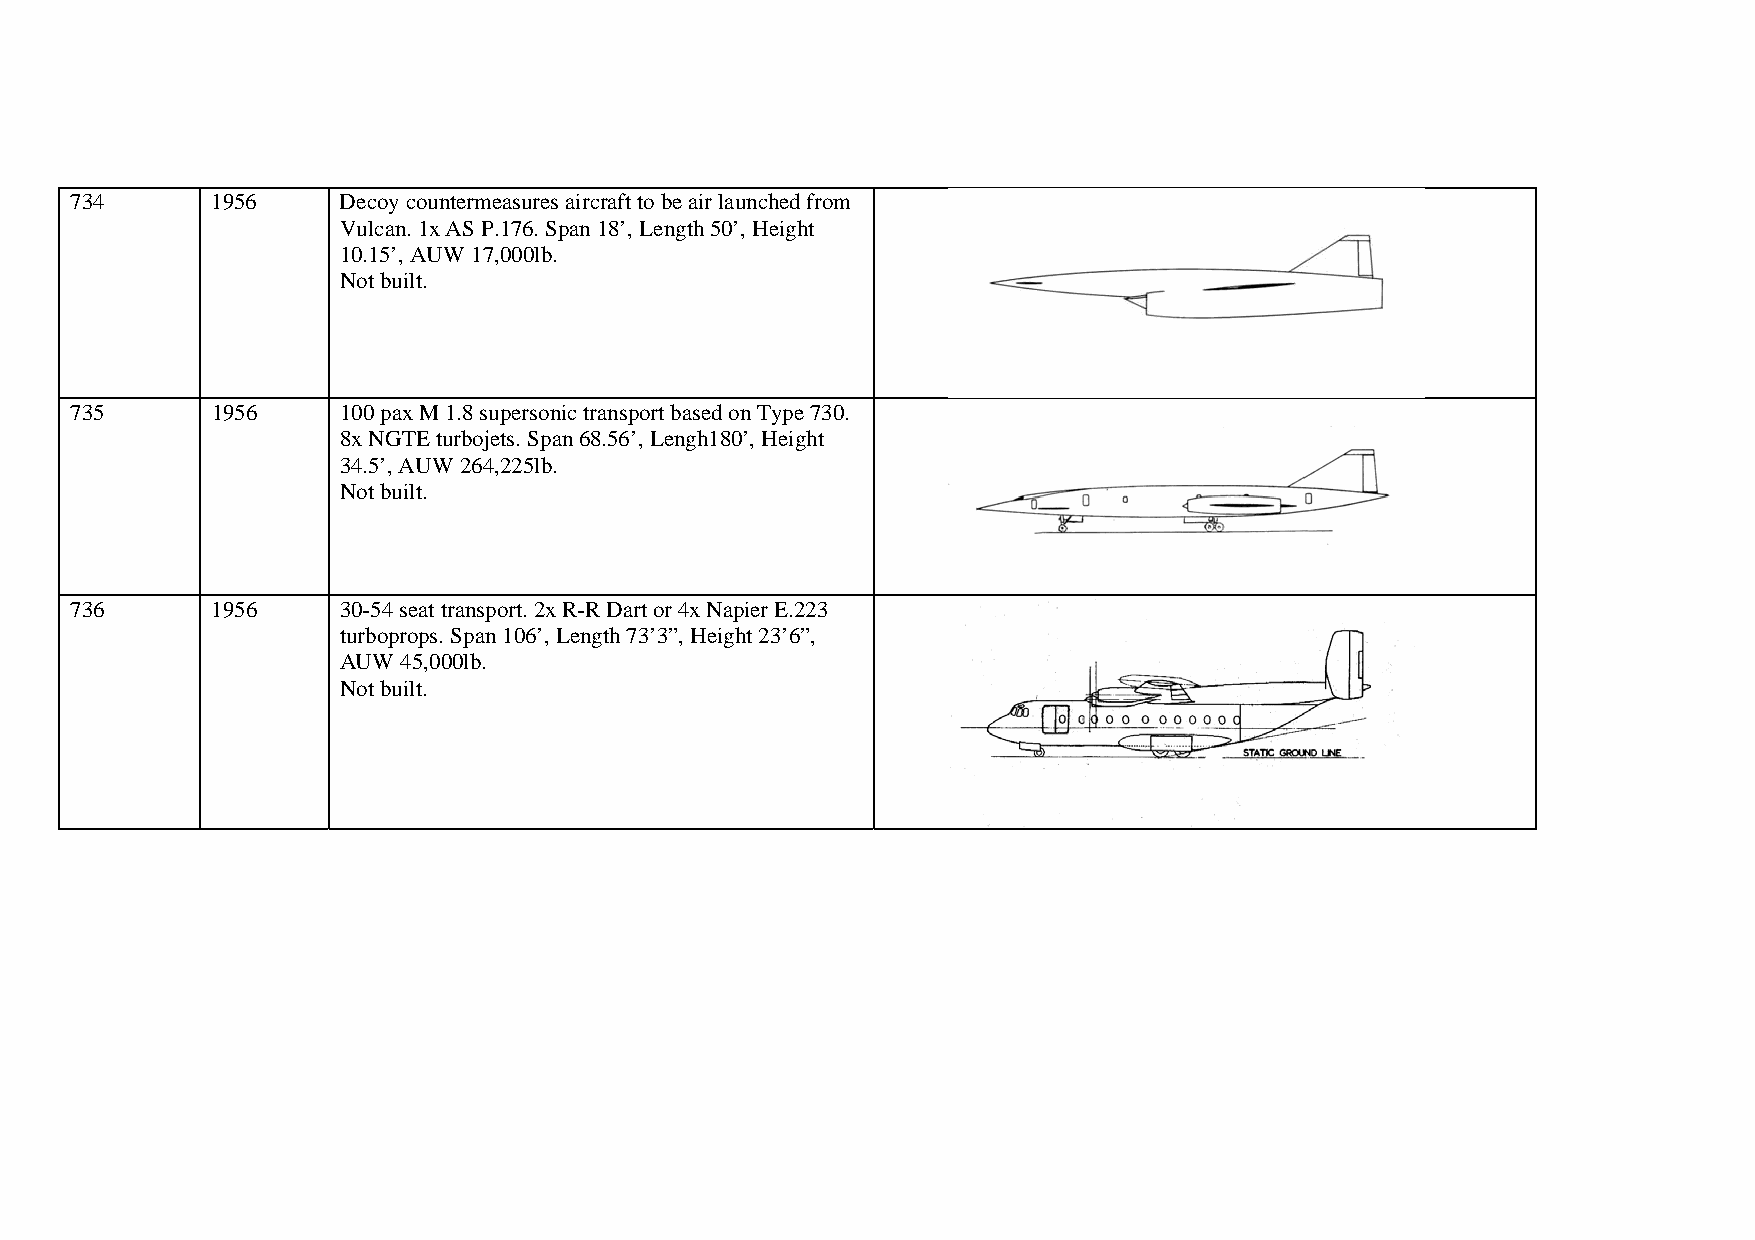
734      1956    Decoy countermeasures aircraft to be air launched from
 Vulcan. 1x AS P.176. Span 18’, Length 50’, Height
 10.15’, AUW 17,000lb.
 Not built.
 735      1956    100 pax M 1.8 supersonic transport based on Type 730.
 8x NGTE turbojets. Span 68.56’, Lengh180’, Height
 34.5’, AUW 264,225lb.
 Not built.
 736      1956    30-54 seat transport. 2x R-R Dart or 4x Napier E.223
 turboprops. Span 106’, Length 73’3”, Height 23’6”,
 AUW 45,000lb.
 Not built.